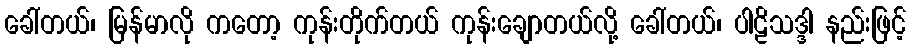
ခေါ်တယ်၊ မြန်မာလို ကတော့ ကုန်းတိုက်တယ် ကုန်းချောတယ်လို့ ခေါ်တယ်၊ ပါဠိသဒ္ဒါ နည်းဖြင့်